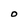
Character: O